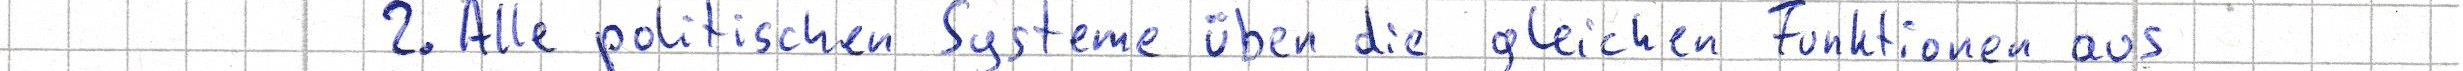
2. Alle politischen Systeme üben die gleichen Funktionen aus